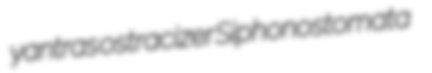
yantras ostracizer Siphonostomata